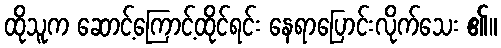
ထိုသူက ဆောင့်ကြောင့်ထိုင်ရင်း နေရာပြောင်းလိုက်သေး ၏။